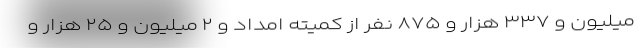
میلیون و ۳۳۷ هزار و ۸۷۵ نفر از کمیته امداد و ۲ میلیون و ۲۵ هزار و